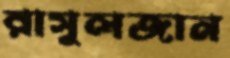
রাসুলজান